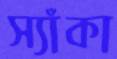
স্যাঁকা